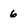
Character: 6